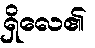
ရှိလေ၏